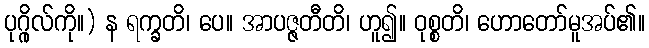
ပုဂ္ဂိုလ်ကို။) န ရက္ခတိ၊ ပေ။ အာပဇ္ဇတီတိ၊ ဟူ၍။ ဝုစ္စတိ၊ ဟောတော်မူအပ်၏။